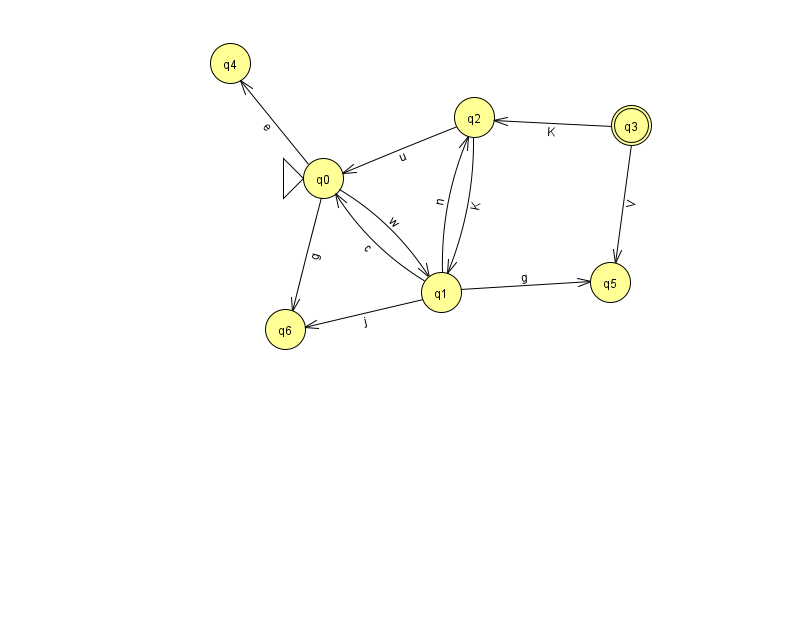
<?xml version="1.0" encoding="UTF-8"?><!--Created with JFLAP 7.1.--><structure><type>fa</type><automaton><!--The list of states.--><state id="0" name="q0"><x>323.0</x><y>165.0</y><initial/></state><state id="1" name="q1"><x>441.0</x><y>279.0</y></state><state id="2" name="q2"><x>474.0</x><y>104.0</y></state><state id="3" name="q3"><x>631.0</x><y>112.0</y><final/></state><state id="4" name="q4"><x>230.0</x><y>50.0</y></state><state id="5" name="q5"><x>610.0</x><y>269.0</y></state><state id="6" name="q6"><x>285.0</x><y>316.0</y></state><!--The list of transitions.--><transition><from>2</from><to>0</to><read>u</read></transition><transition><from>1</from><to>6</to><read>j</read></transition><transition><from>2</from><to>1</to><read>K</read></transition><transition><from>3</from><to>2</to><read>K</read></transition><transition><from>0</from><to>6</to><read>g</read></transition><transition><from>1</from><to>5</to><read>g</read></transition><transition><from>3</from><to>5</to><read>V</read></transition><transition><from>0</from><to>4</to><read>e</read></transition><transition><from>1</from><to>2</to><read>n</read></transition><transition><from>0</from><to>1</to><read>w</read></transition><transition><from>1</from><to>0</to><read>c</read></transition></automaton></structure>